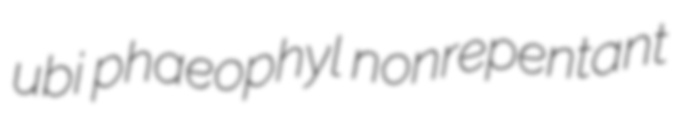
ubi phaeophyl nonrepentant